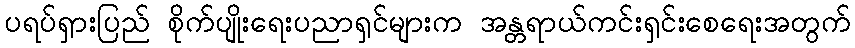
ပရပ်ရှားပြည် စိုက်ပျိုးရေးပညာရှင်များက အန္တရာယ်ကင်းရှင်းစေရေးအတွက်